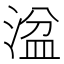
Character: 湓